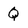
Character: Q